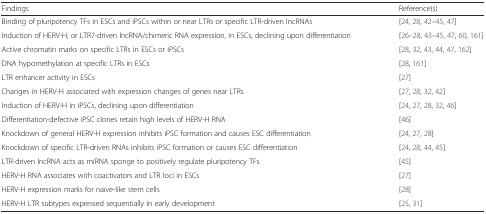
<table><thead><tr><td><b>Findings</b></td><td><b>Reference(s)</b></td></tr></thead><tbody><tr><td>Binding of pluripotency TFs in ESCs and iPSCs within or near LTRs or specific LTR-driven lncRNAs</td><td>[24, 28, 42–45, 47]</td></tr><tr><td>Induction of HERV-H, or LTR7-driven lncRNA/chimeric RNA expression, in ESCs, declining upon differentiation</td><td>[26–28, 43–45, 47, 60, 161]</td></tr><tr><td>Active chromatin marks on specific LTRs in ESCs or iPSCs</td><td>[28, 32, 43, 44, 47, 162]</td></tr><tr><td>DNA hypomethylation at specific LTRs in ESCs</td><td>[28, 161]</td></tr><tr><td>LTR enhancer activity in ESCs</td><td>[27]</td></tr><tr><td>Changes in HERV-H associated with expression changes of genes near LTRs</td><td>[27, 28, 32, 42]</td></tr><tr><td>Induction of HERV-H in iPSCs, declining upon differentiation</td><td>[24, 27, 28, 32, 46]</td></tr><tr><td>Differentiation-defective iPSC clones retain high levels of HERV-H RNA</td><td>[46]</td></tr><tr><td>Knockdown of general HERV-H expression inhibits iPSC formation and causes ESC differentiation</td><td>[24, 27, 28]</td></tr><tr><td>Knockdown of specific LTR-driven RNAs inhibits iPSC formation or causes ESC differentiation</td><td>[24, 28, 44, 45]</td></tr><tr><td>LTR-driven lncRNA acts as miRNA sponge to positively regulate pluripotency TFs</td><td>[45]</td></tr><tr><td>HERV-H RNA associates with coactivators and LTR loci in ESCs</td><td>[27]</td></tr><tr><td>HERV-H expression marks for naïve-like stem cells</td><td>[28]</td></tr><tr><td>HERV-H LTR subtypes expressed sequentially in early development</td><td>[25, 31]</td></tr></tbody></table>